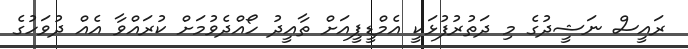
ރައީސް ނަޝީދުގެ މި ދަތުރުފުޅަކީ އެމްޑީޕީއަށް ތާއީދު ހޯއްދެވުމަށް ކުރައްވާ އެއް ދުވަހުގެ